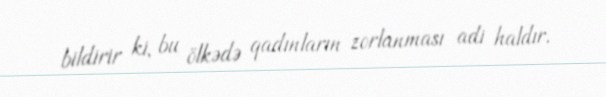
bildirir ki, bu ölkədə qadınların zorlanması adi haldır.